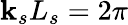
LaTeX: \mathbf{k}_{s}L_{s}=2\pi